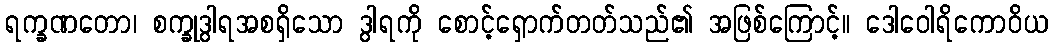
ရက္ခဏတော၊ စက္ခုဒွါရအစရှိသော ဒွါရကို စောင့်ရှောက်တတ်သည်၏ အဖြစ်ကြောင့်။ ဒေါဝေါရိကောဝိယ